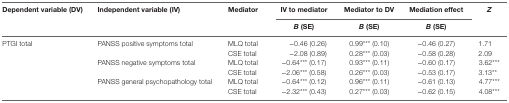
| <ROWSPAN=2> Dependent variable (DV) | <ROWSPAN=2> Independent variable (IV) | <ROWSPAN=2> Mediator | IV to mediator | Mediator to DV | Mediation effect | <ROWSPAN=2> Z |
 | B (SE) | B (SE) | B (SE) |
 | --- | --- | --- | --- | --- | --- | --- |
 | <ROWSPAN=6> PTGI total | <ROWSPAN=2> PANSS positive symptoms total | MLQ total | −0.46 (0.26) | 0.99*** (0.10) | −0.46 (0.27) | 1.71 |
 | CSE total | −2.08 (0.89) | 0.28*** (0.03) | −0.58 (0.28) | 2.09 |
 | <ROWSPAN=2> PANSS negative symptoms total | MLQ total | −0.64*** (0.17) | 0.93*** (0.11) | −0.60 (0.17) | 3.62*** |
 | CSE total | −2.06*** (0.58) | 0.26*** (0.03) | −0.53 (0.17) | 3.13** |
 | <ROWSPAN=2> PANSS general psychopathology total | MLQ total | −0.64*** (0.12) | 0.96*** (0.11) | −0.61 (0.13) | 4.77*** |
 | CSE total | −2.32*** (0.43) | 0.27*** (0.03) | −0.62 (0.15) | 4.08*** |